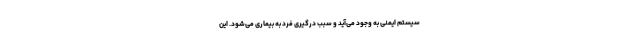
سیستم ایمنی به وجود می‌آید و سبب درگیری فرد به بیماری می‌شود. این